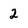
Character: 2